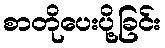
စာတိုပေးပို့ခြင်း